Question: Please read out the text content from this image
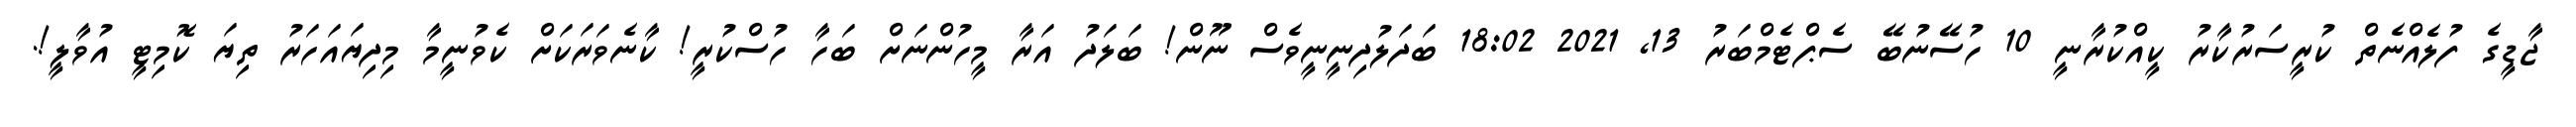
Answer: ޖާޑީގެ ފުލެއްނެތް ކުރީސަރުކާރު ކީއްކުރާނީ 10 ހުސޭނުބޭ ސެޕްޓެމްބަރު 13, 2021 18:02 ބަދަލުދިނީނީވެސް ނޫން! ބަލަދު އަރާ މީހުންނަށް ބަހާ ހުސްކުރީ! ކާނެވަރަކަށް ކެވުނީމާ މިދިޔައަހަރު ތިޔަ ކޮމިޓީ އުވާލީ!.